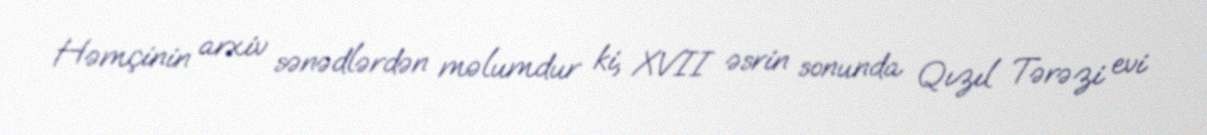
Həmçinin arxiv sənədlərdən məlumdur ki, XVII əsrin sonunda Qızıl Tərəzi evi